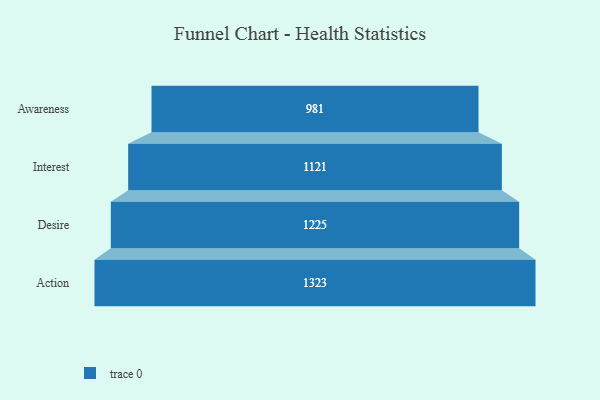
{"axis": {"x": "Stage", "y": "Value"}, "legend": [""], "data": [{"x": "Awareness", "y": 981.0, "type": ""}, {"x": "Interest", "y": 1121.0, "type": ""}, {"x": "Desire", "y": 1225.0, "type": ""}, {"x": "Action", "y": 1323.0, "type": ""}]}